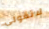
لاتقولي